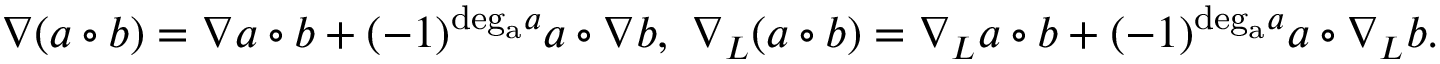
\nabla ( a \circ b ) = \nabla a \circ b + ( - 1 ) ^ { \mathrm { d e g _ { a } } a } a \circ \nabla b , \ \nabla _ { L } ( a \circ b ) = \nabla _ { L } a \circ b + ( - 1 ) ^ { \mathrm { d e g _ { a } } a } a \circ \nabla _ { L } b . \nonumber